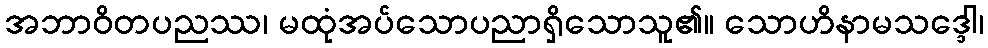
အဘာဝိတပညဿ၊ မထုံအပ်သောပညာရှိသောသူ၏။ သောဟိနာမသဒ္ဒေါ၊